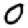
Digit: 0